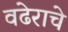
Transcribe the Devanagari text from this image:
वढेराचे